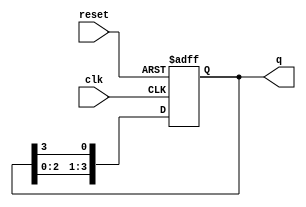
module ring_counter (
    input wire clk,        // Clock signal
    input wire reset,      // Asynchronous reset signal
    output reg [3:0] q     // 4-bit output of the ring counter
);

// Always block triggered on the rising edge of the clock or on reset
always @(posedge clk or posedge reset) begin
    if (reset) begin
        // Initialize the counter to 1000 on reset
        q <= 4'b1000;
    end else begin
        // Shift the '1' bit to the right
        q <= {q[2:0], q[3]}; // Shift left and wrap around
    end
end

endmodule